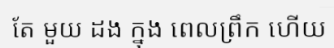
តែ មួយ ដង ក្នុង ពេលព្រឹក ហើយ